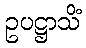
ဥပဋ္ဌာသိံ